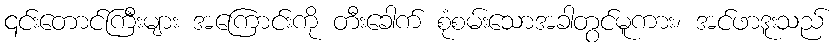
၎င်းတောင်ကြီးများ အကြောင်းကို တီးခေါက် စုံစမ်းသောအခါတွင်မူကား၊ အင်ဖာဒူးသည်